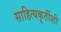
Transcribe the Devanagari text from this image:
साहित्यकृतींशी